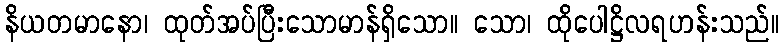
နိယတမာနော၊ ထုတ်အပ်ပြီးသောမာန်ရှိသော။ သော၊ ထိုပေါဋ္ဌိလရဟန်းသည်။